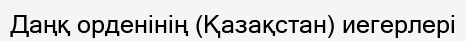
Даңқ орденінің (Қазақстан) иегерлері